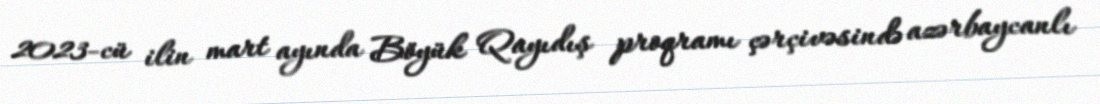
2023-cü ilin mart ayında Böyük Qayıdış proqramı çərçivəsində azərbaycanlı